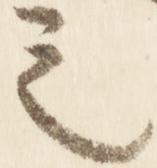
之